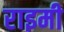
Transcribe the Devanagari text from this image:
राइमी